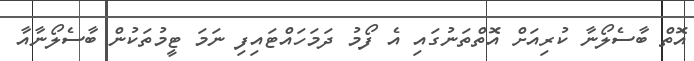
އޮތް ބާސެލޯނާ ކުރިއަށް އޮތްތަނުގައި އެ ފޯމު ދަމަހައްޓައިފި ނަމަ ޓީމުތަކުން ބާސެލޯނާއާ